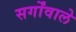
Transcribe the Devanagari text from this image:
सर्गोंवाले